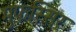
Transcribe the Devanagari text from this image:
मुफ़स्सिर